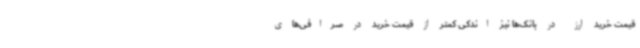
قیمت خرید ارز در بانک‌ها نیز اندکی کمتر از قیمت خرید در صرافی‌های